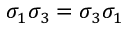
\sigma _ { 1 } \sigma _ { 3 } = \sigma _ { 3 } \sigma _ { 1 }